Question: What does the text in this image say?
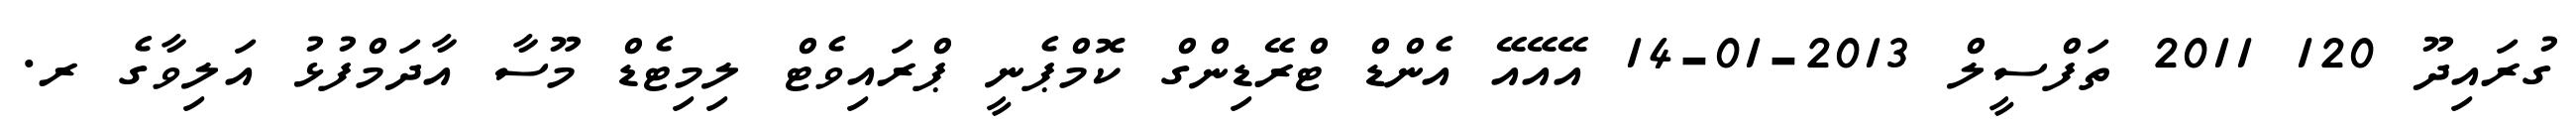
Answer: ގުރައިދޫ 120 2011 ތަފްސީލް 2013-01-14 އޭއޭއޭ އެންޑް ޓްރޭޑިންގް ކޮމްޕެނީ ޕްރައިވެޓް ލިމިޓެޑް މޫސާ އާދަމްފުޅު އަލިވާގެ ރ.